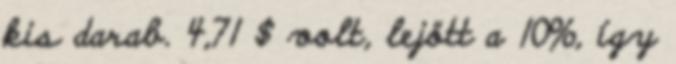
kis darab. 4,71 $ volt, lejött a 10%, így